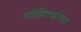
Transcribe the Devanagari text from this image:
मोहित्यांच्या